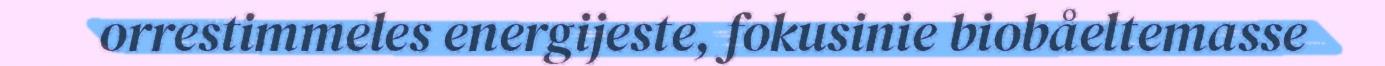
orrestimmeles energijeste, fokusinie biobåeltemasse